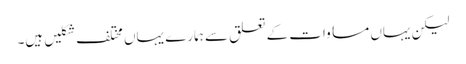
لیکن یہاں مساوات کے تعلق سے ہمارے یہاں مختلف شکلیں ہیں۔